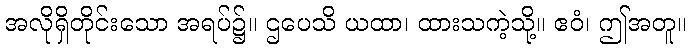
အလိုရှိတိုင်းသော အရပ်၌။ ဌပေသိ ယထာ၊ ထားသကဲ့သို့။ ဧဝံ၊ ဤအတူ။